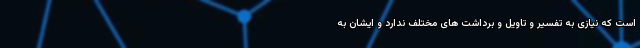
است که نیازی به تفسیر و تاویل و برداشت های مختلف ندارد و ایشان به